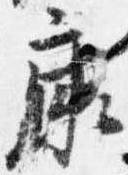
康